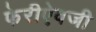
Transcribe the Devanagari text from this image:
फेरीऐवजी